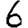
Digit: 6